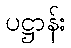
ပဋ္ဌာန်း